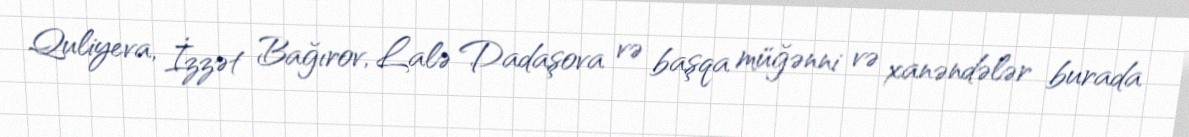
Quliyeva, İzzət Bağırov, Lalə Dadaşova və başqa müğənni və xanəndələr burada